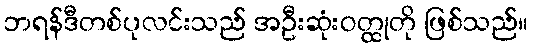
ဘရန်ဒီတစ်ပုလင်းသည် အဦးဆုံးဝတ္ထုတို ဖြစ်သည်။